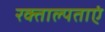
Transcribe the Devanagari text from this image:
रक्ताल्पताएं